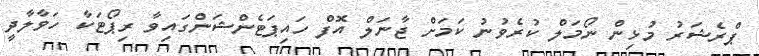
ޕްރެޝަރު މުޅިން ނޯމަލް ކުރެވުނު ކަމަށް ޖާނަލް އޮފް ހައިޕަޓެންޝަންގައިވާ ރިޕޯޓަކާ ހަވާލާދީ